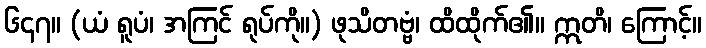
၆၄၇။ (ယံ ရူပံ၊ အကြင် ရုပ်ကို။) ဖုသိတဗ္ဗံ၊ ထိထိုက်၏။ ဣတိ၊ ကြောင့်။